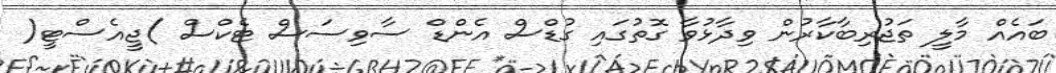
ބައެއް މާލީ ތަޖުރިބާކާރުން ވިދާޅުވާ ގޮތުގައި ގުޑްސް އެންޑް ސާވިސަސް ޓެކްސް )ޖީއެސްޓީ(